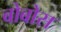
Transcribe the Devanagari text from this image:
बोबोस